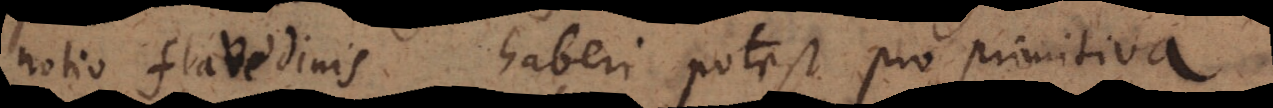
notio flavedinis haberi potest pro primitiva